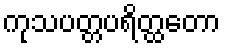
ကုသပတ္တပရိတ္ထတော